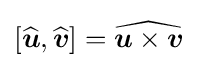
\left[{\widehat {\boldsymbol {u}}},{\widehat {\boldsymbol {v}}}\right]={\widehat {{\boldsymbol {u}}\times {\boldsymbol {v}}}}